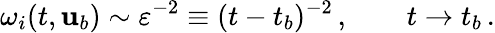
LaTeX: \omega_{i}(t,{\mathbf{u}}_{b})\sim\varepsilon^{-2}\equiv(t-t_{b})^{-2}\, ,\qquad t\to t_{b}\, .